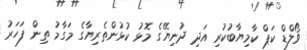
ވޯލްޑް ކަޕް ކާމިޔާބުކުރި އަދި ދުނިޔޭގެ މޮޅު ކުޅުންތެރިޔާގެ މަގާމު ތިން ފަހަރު